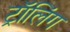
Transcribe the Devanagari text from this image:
ट्रॉलिंग